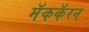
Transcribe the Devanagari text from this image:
मॅककॅरन